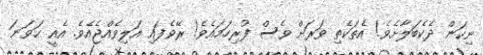
ނިކަން ދެކެބަލާށެވެ! އެތަކެތި ވަރަށް ވެސް ފުރިހަމައެވެ! ރޭވެފައި އަލިވެއްޖެއެވެ. އެއީ ހަވަނަ